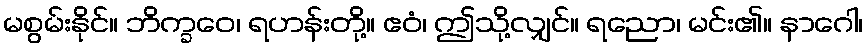
မစွမ်းနိုင်။ ဘိက္ခဝေ၊ ရဟန်းတို့။ ဧဝံ၊ ဤသို့လျှင်။ ရညော၊ မင်း၏။ နာဂေါ၊